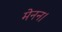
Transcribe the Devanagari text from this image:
मेनन।